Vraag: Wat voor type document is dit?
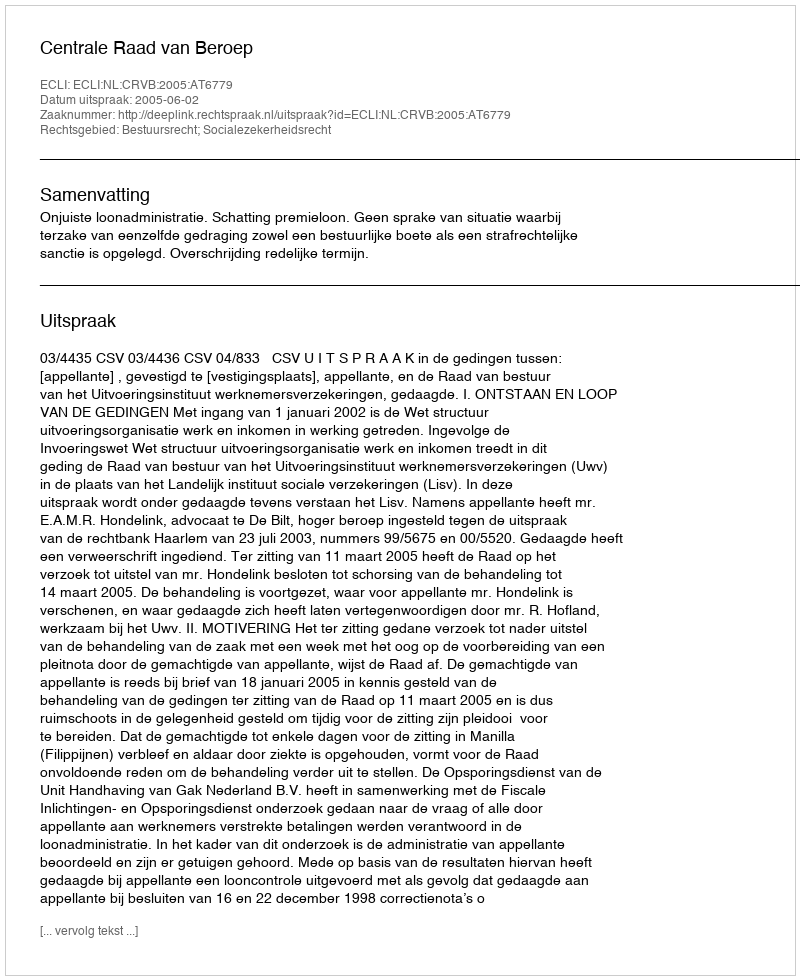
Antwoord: Uitspraak